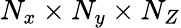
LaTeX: N_{x}\times N_{y}\times N_{Z}